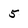
Character: 5